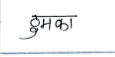
मजकूर: ठुमका